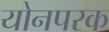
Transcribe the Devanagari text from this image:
योनपरक